Tezpur Lunatic Asylum reports 1877-1894 - 1877-1894
Year: 1877
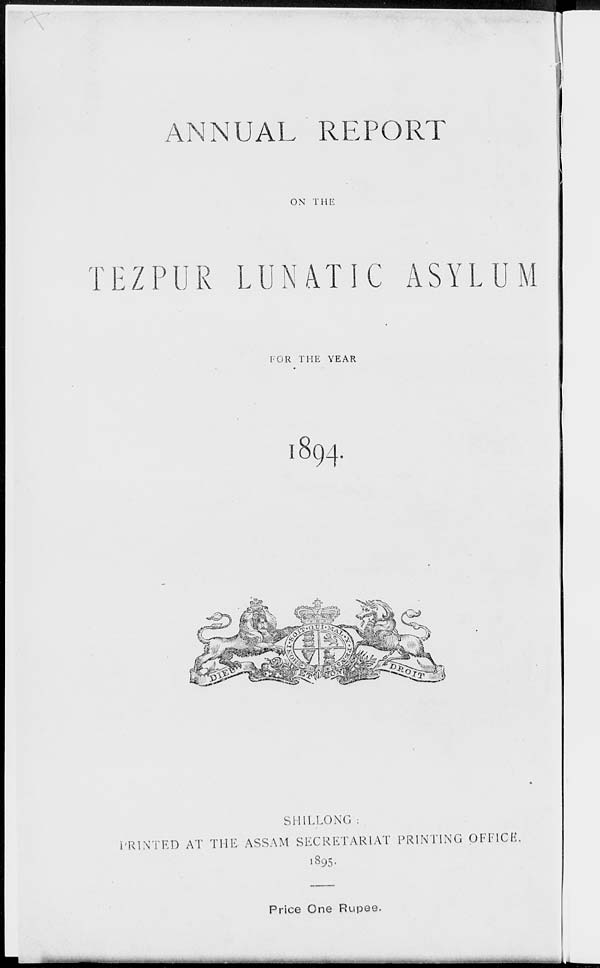
ANNUAL REPORT
ON THE
TEZPUR LUNATIC ASYLUM
FOR THE YEAR
1894.
SHILLONG :
PRINTED AT THE ASSAM SECRETARIAT PRINTING OFFICE,
1S95.
Price One Rupee.